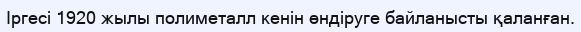
Іргесі 1920 жылы полиметалл кенін өндіруге байланысты қаланған.